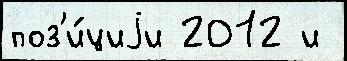
поз'и́циjи 2012 и